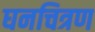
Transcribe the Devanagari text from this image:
घनचित्रण